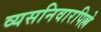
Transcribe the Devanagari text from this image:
व्यसनिवारपिल्ले